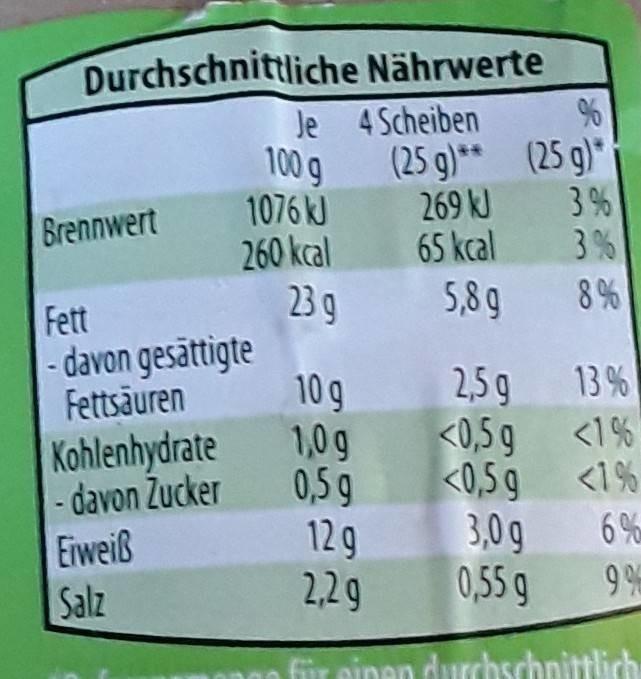
Durchschnittliche Nährwerte
Je 4 Scheiben
100 g
(25 g)** (25 g)*
3%
1076 kJ 260 kcal 23 g
269 kJ
Brennwert
65 kcal 3 %
5,8 9
8%
Fett - davon gesättigte Fettsäuren
2,5g <0,5 g <1%
13 %
Kohlenhydrate - davon Zucker Eiweiß Salz
10 g 1,0 g 0,5g 12g 2,29
<0,5 9
<1%
3,0 g 0,55 g
6%
einen durchschnittlich